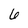
Character: 6